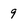
Character: 9